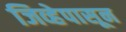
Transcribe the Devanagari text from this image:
जिव्हेपासून